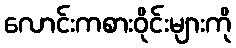
လောင်းကစားဝိုင်းများကို